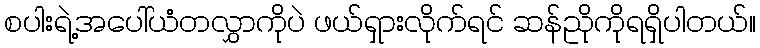
စပါးရဲ့အပေါ်ယံတလွှာကိုပဲ ဖယ်ရှားလိုက်ရင် ဆန်ညိုကိုရရှိပါတယ်။